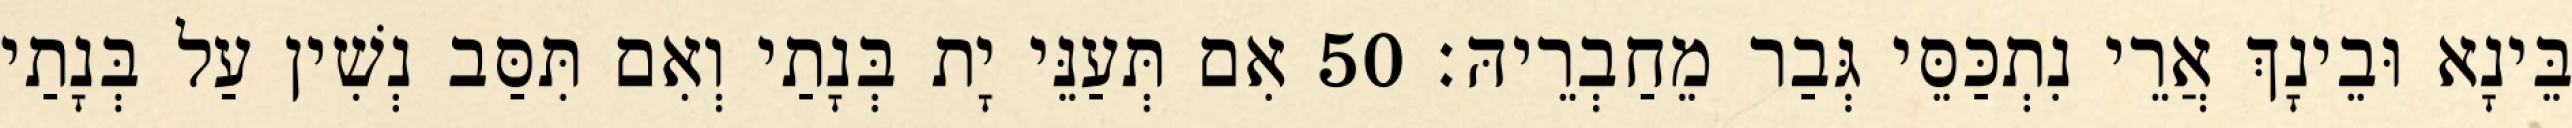
בֵּינָא וּבֵינָךְ אֲרֵי נִתְכַּסֵּי גְּבַר מֵחַבְרֵיהּ׃ 50 אִם תְּעַנֵּי יָת בְּנָתַי וְאִם תִּסַּב נְשִׁין עַל בְּנָתַי